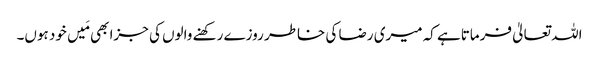
اللہ تعالیٰ فرماتاہے کہ میری رضا کی خاطر روزے رکھنے والوں کی جزا بھی مَیں خود ہوں۔